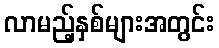
လာမည့်နှစ်များအတွင်း